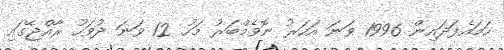
ހަމައެފަދައިން 1996 ވަނަ އަހަރު ނޮވެމްބަރު މަހު 12 ވަނަ ދުވަހު ރާއްޖޭގައި